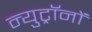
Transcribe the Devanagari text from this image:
न्युट्रॉनों